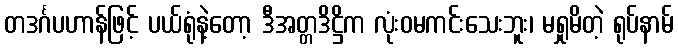
တဒင်္ဂပဟာန်ဖြင့် ပယ်ရုံနဲ့တော့ ဒီအတ္တဒိဋ္ဌိက လုံးဝမကင်းသေးဘူး၊ မရှုမိတဲ့ ရုပ်နာမ်